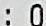
: 0